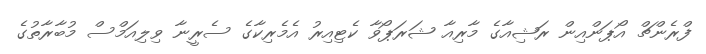
ފްރެންޗް އޯޕަންއިން ރަޝިއާގެ މާރިއާ ޝަރަޕޯވާ ކެޓިއިރު އެމެރިކާގެ ސެރީނާ ވިލިއަމްސް މުބާރާތުގެ